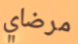
مرضاي